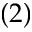
( 2 )